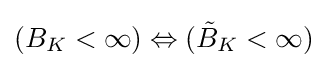
(B_{K}<\infty )\Leftrightarrow ({\tilde {B}}_{K}<\infty )